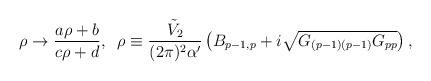
LaTeX: \begin{align*}\rho \to \frac{a\rho+b}{c\rho+d}, \;\;\rho \equiv \frac{{\tilde V}_2}{(2\pi)^2 \alpha'}\left( B_{p-1,p} +i \sqrt{G_{(p-1)(p-1)}G_{pp}}\right),\end{align*}